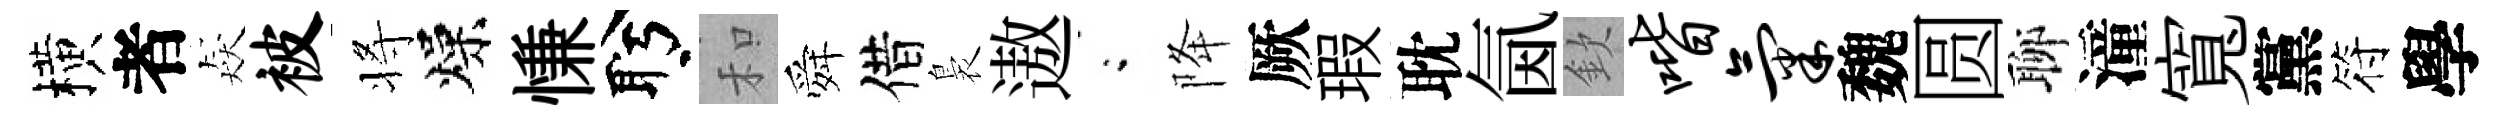
横者猋被将燥慊盻和舜借裊遨閤降厥瑕耽氤欽喈气魏圆聊潼寬黨符學